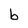
Character: b